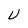
Character: U